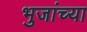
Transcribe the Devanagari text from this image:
भुजांच्या